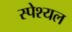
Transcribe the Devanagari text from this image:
स्पेश्यल